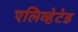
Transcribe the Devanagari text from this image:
एलिव्हेटेड